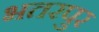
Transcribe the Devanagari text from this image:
भतरपुर